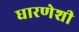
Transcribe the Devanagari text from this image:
धारणेशी